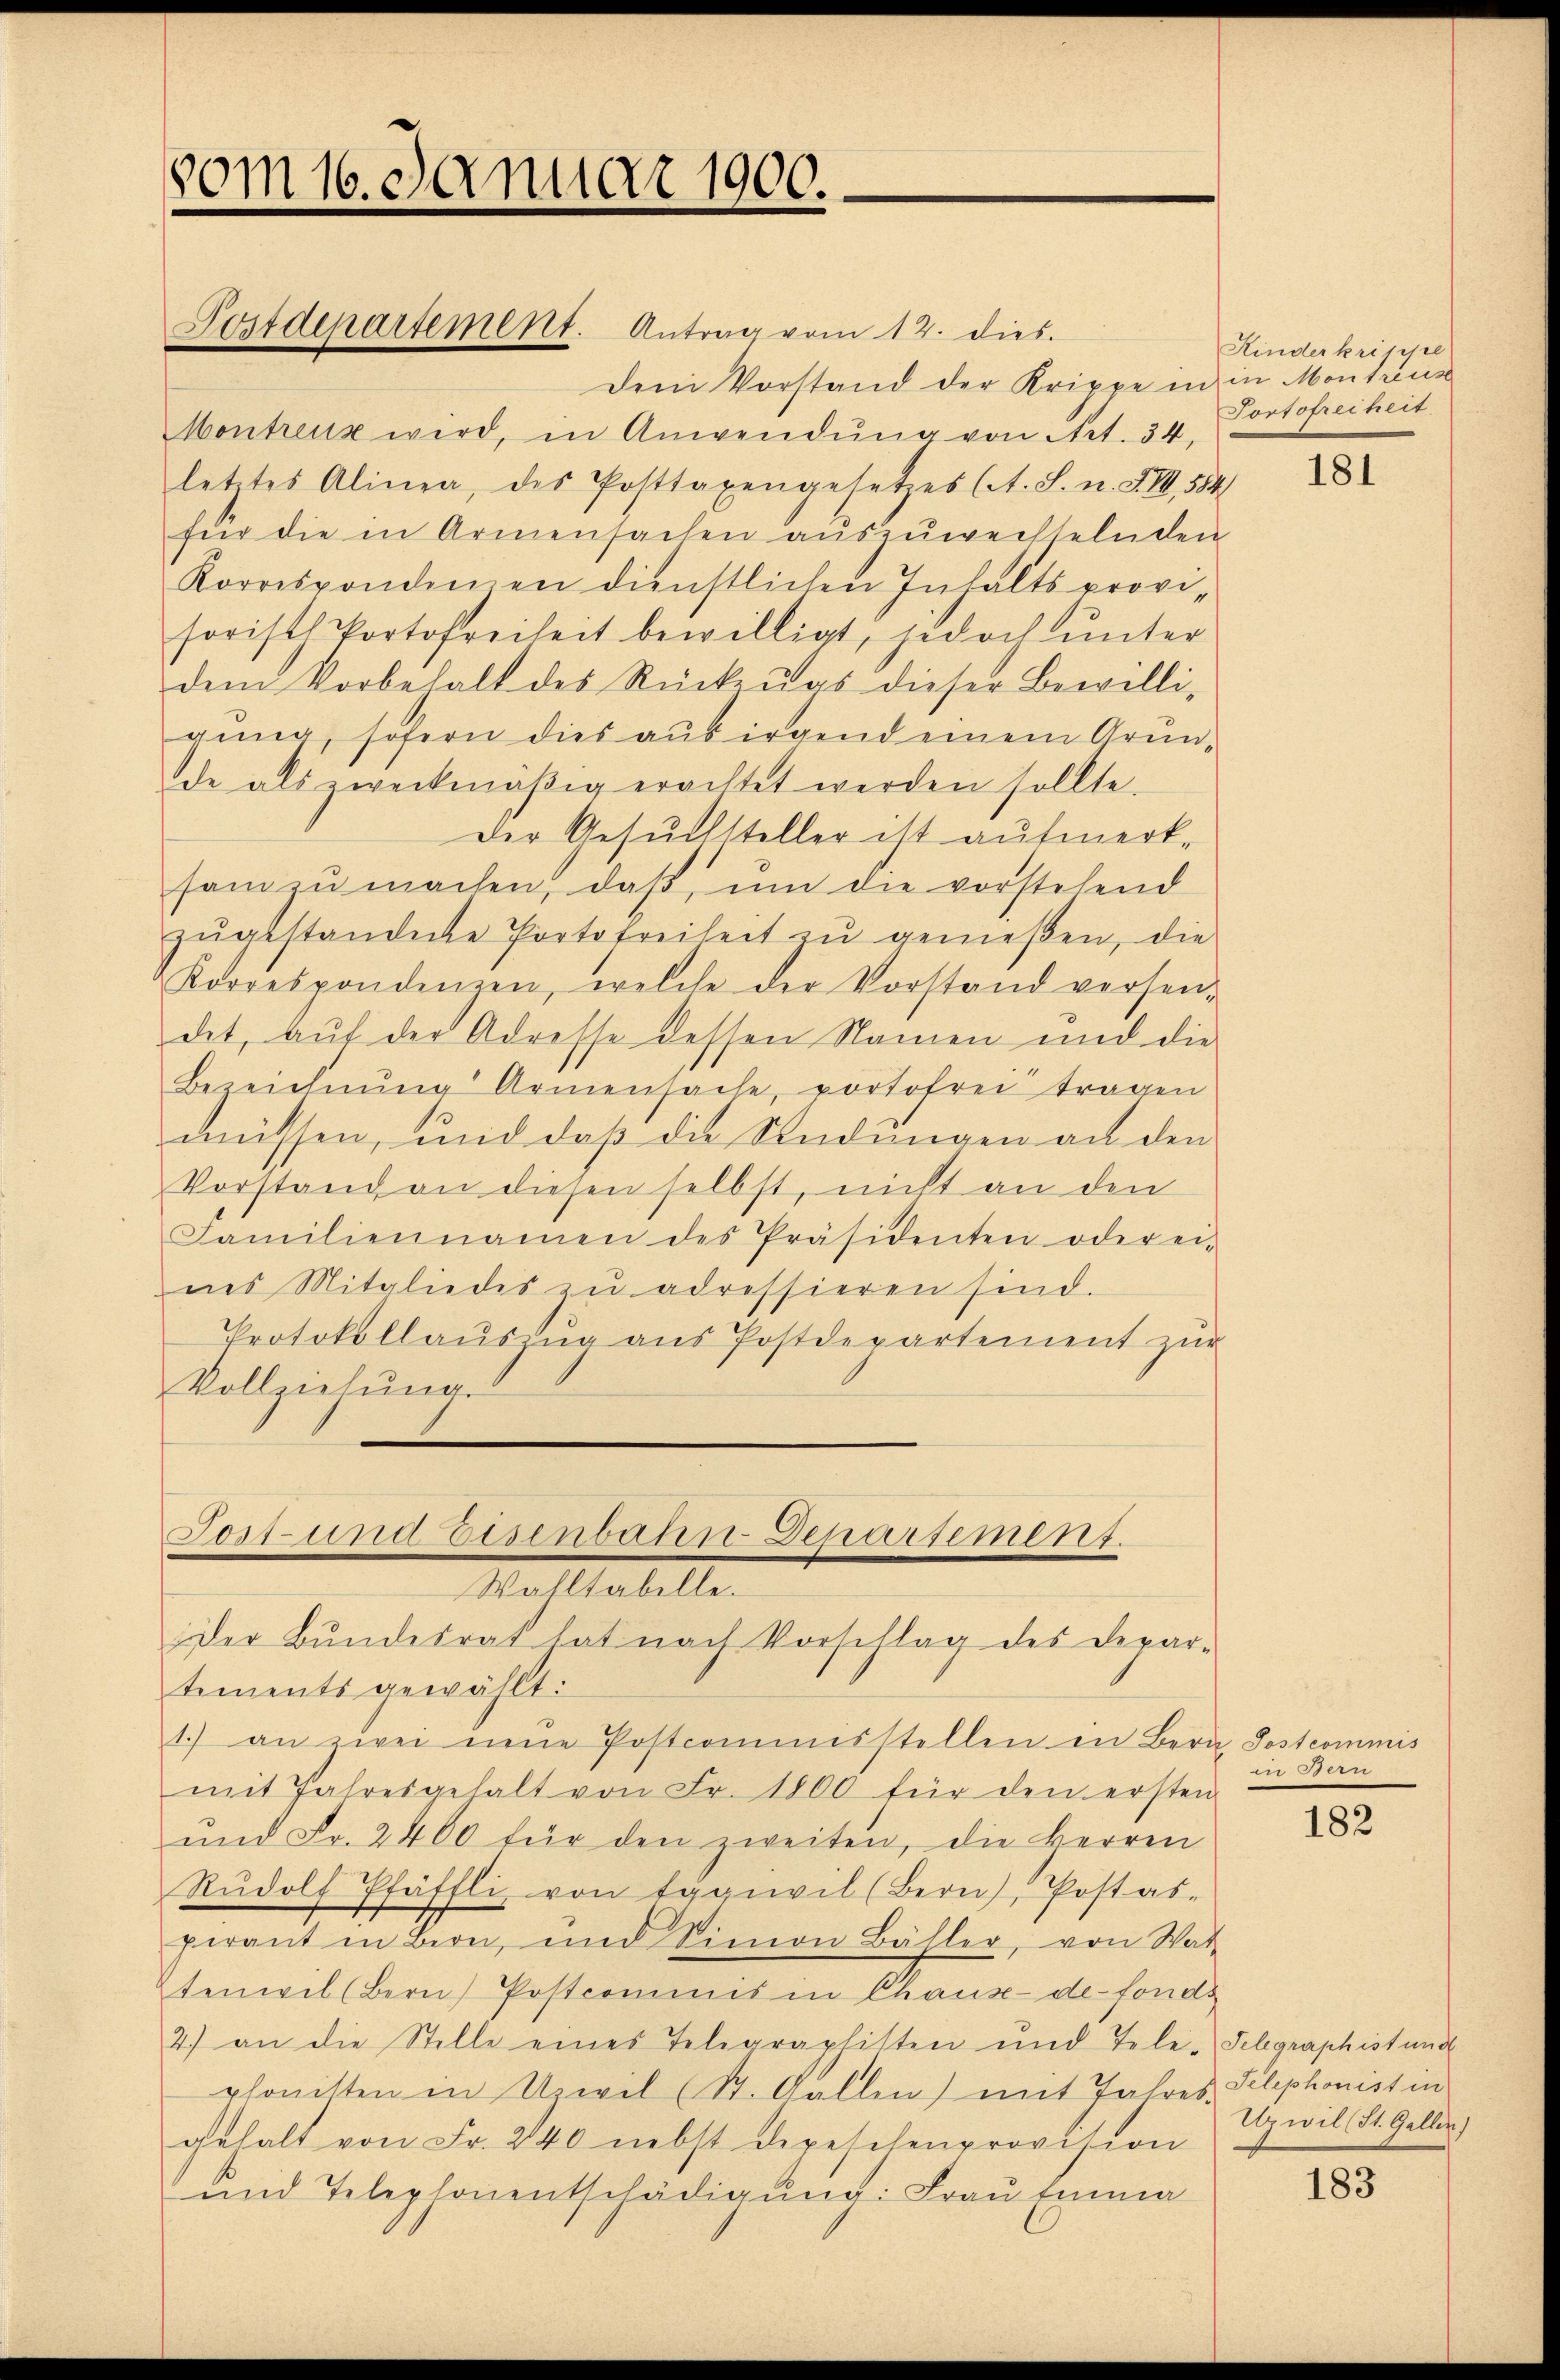
vom 16. Januar 1900.

Postdepartement. Antrag vom 12. dies
Dem Vorstand der Krippe in in Montreus
Montreuz wird, in Anwendŭng von Art. 34,
lettes Alinea, des Posttaxengesetzes (A. S. n. F. III 554
für die in Armensachen auszuwechselnden
Korrespondinen dienstlichen Inhalts provisorist Portofreiheit bewilligt, jedoch ŭnter
dem Vorbehalt des Rückzŭas dieser Bewilli-
gung, sofern dies aus irgend einem Grunde als zweckmäβig erachtet werden sollte.
Der Gesuchsteller ist aufmerk-
sam zŭ machen, daβ, ŭm die vorstehend
zŭgestandete Portofreiheit zu genießen, die
Korrespondenzen, welche der Vorstand versen-
det, auf der Adresse dessen Namen und die
Bezeichnŭng Armensache, portofrei tragen
müssen, und daß die Studinigen an den
Vorstand an diesen selbst, nicht an den
Familiennamen des Präsidenten oder ei-
nes Mitgliedes zu adressieren sind.
Protokollaŭszŭg aŭs Postdepartement zŭr
Vollziehŭng.

Jost- und Eisenbahn Departement.
Walltabelle.
Der Bŭndesrat hat nach Vorschlag des Depar-

tements gewählt:
1.) an zwei neŭe Postcommisstellen in Bern Postcommis
mit Jahresgehalt von Fr. 1800 für den ersten
ŭnd Fr. 2400 für den zweiten, die Herren
Rŭdolf Pfäffli von tägiwil (Bern), Postas-
perant in Bern, und Simon Bäller, von Wat
denweil der Gestermit in dann als sonde
2.) an die Stelle eines Telegraphitten und Tele-Telegraphistund
phonisten in Uzivil (St. Gallen) mit Jahres Telephonist in
gehalt von Fr. 240 nebst Depeschenprovision
und Telephonentschädigung: Frau Emma

Kinder krippe
Portofreiheit.

181

e

182

Upiil (St. Gallen)

183